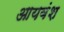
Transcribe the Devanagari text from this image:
आयवंश